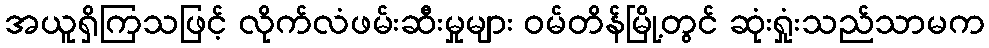
အယူရှိကြသဖြင့် လိုက်လံဖမ်းဆီးမှုများ ဝမ်တိန်မြို့တွင် ဆုံးရှုံးသည်သာမက